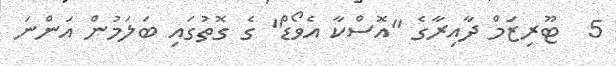
5  ޓޫރިޒަމް ދާއިރާގެ "އޮސްކާ އެވޯޑް" ގެ ގޮތުގައި ބަލަމުން އަންނަ